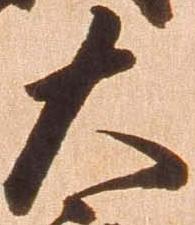
太